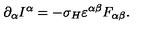
\partial _ { \alpha } I ^ { \alpha } = - \sigma _ { H } \varepsilon ^ { \alpha \beta } F _ { \alpha \beta } .